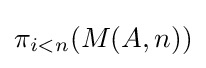
\pi _{i<n}(M(A,n))